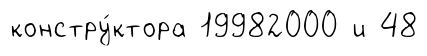
констру́ктора 19982000 и 48